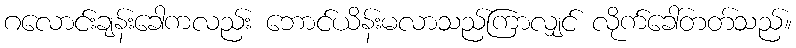
ဂလောင်းချန်းခေါကလည်း ဘောင်ယိန်းမလာသည်ကြာလျှင် လိုက်ခေါ်တတ်သည်။